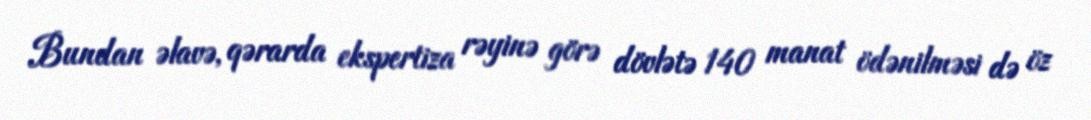
Bundan əlavə, qərarda ekspertiza rəyinə görə dövlətə 140 manat ödənilməsi də öz